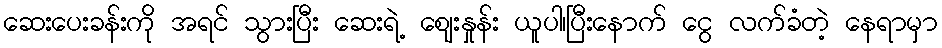
ဆေးပေးခန်းကို အရင် သွားပြီး ဆေးရဲ့ ဈေးနှုန်း ယူပါ၊ပြီးနောက် ငွေ လက်ခံတဲ့ နေရာမှာ